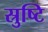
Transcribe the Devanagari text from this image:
स्रुष्टि